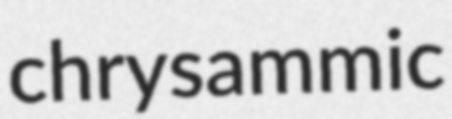
chrysammic